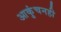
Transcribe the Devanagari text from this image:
आकुंचनही